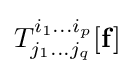
T_{j_{1}\dots j_{q}}^{i_{1}\dots i_{p}}[\mathbf {f} ]